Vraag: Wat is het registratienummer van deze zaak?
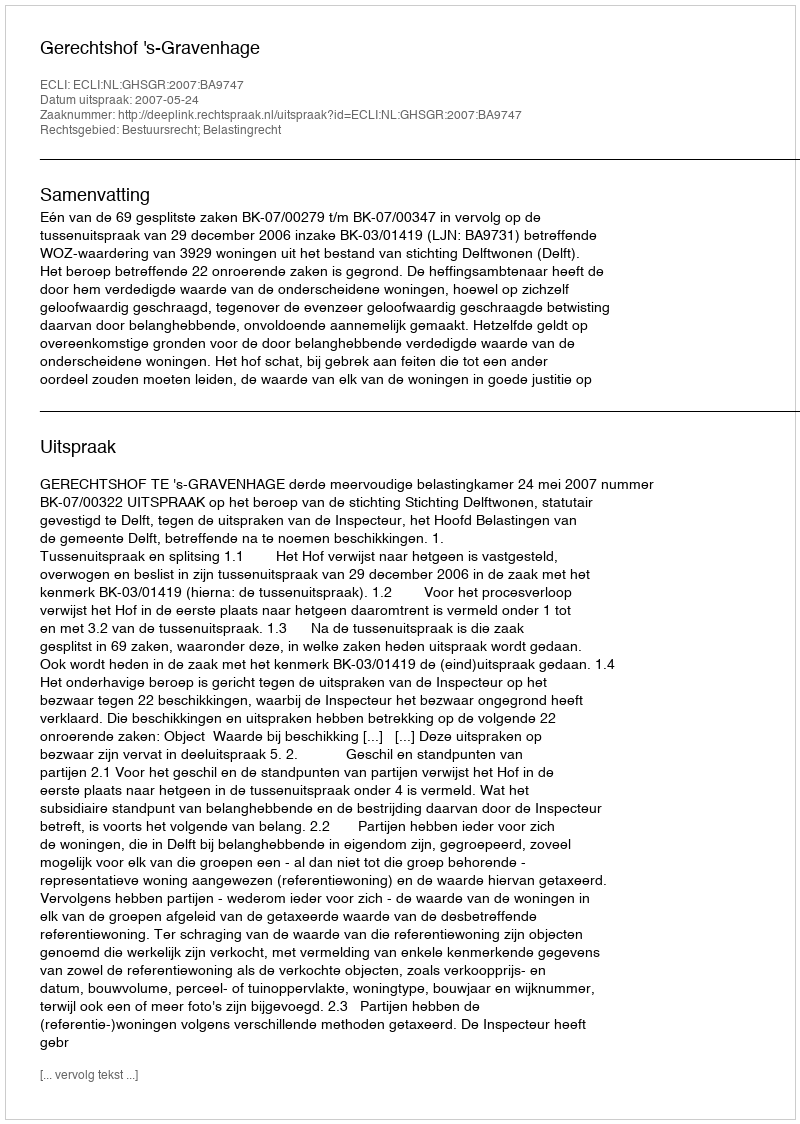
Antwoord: http://deeplink.rechtspraak.nl/uitspraak?id=ECLI:NL:GHSGR:2007:BA9747